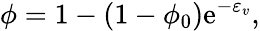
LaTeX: \phi=1-(1-\phi_{0})\mathrm{e}^{-\varepsilon_{v}},